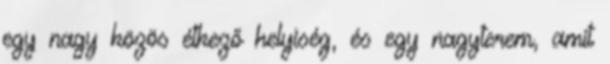
egy nagy közös étkező helyiség, és egy nagyterem, amit